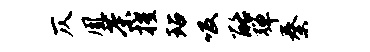
仄凰茶擢玷吸酪弹秦